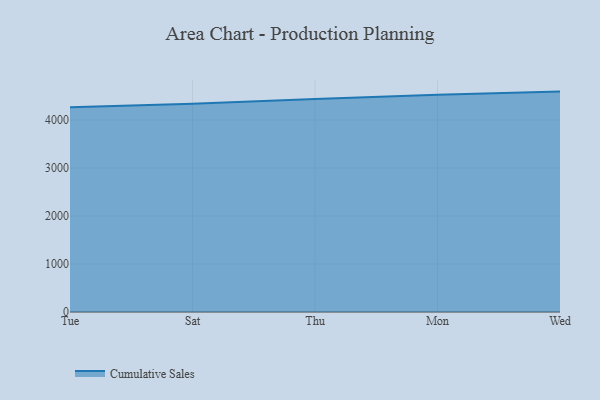
{"axis": {"x": "Day", "y": "Website Visitors"}, "legend": ["Cumulative Sales"], "data": [{"x": "Tue", "y": 4268.7, "type": "Cumulative Sales"}, {"x": "Sat", "y": 4339.6, "type": "Cumulative Sales"}, {"x": "Thu", "y": 4439.7, "type": "Cumulative Sales"}, {"x": "Mon", "y": 4526.8, "type": "Cumulative Sales"}, {"x": "Wed", "y": 4592.5, "type": "Cumulative Sales"}]}